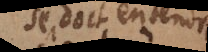
se doit entendre